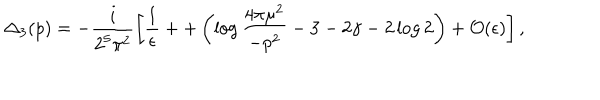
{ \Delta _ { 3 } } ( p ) = - \frac { i } { 2 ^ { 5 } \pi ^ { 2 } } \left[ \frac { 1 } { \epsilon } + + \left( \log \frac { 4 \pi \mu ^ { 2 } } { - p ^ { 2 } } - 3 - 2 \gamma - 2 \log 2 \right) + { \cal O } ( \epsilon ) \right] ,